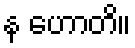
န ဟောတိ။